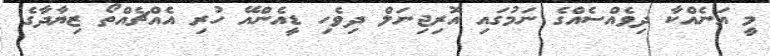
މީ އަނެއްކާ ދިވެއްސެއްގެ ނަމުގައި އޮރިޖިނަލް ދިވެހި ޑީއެންއޭ ހުރި އެއްޗެއްތޯ ޒިޔާދާގެ